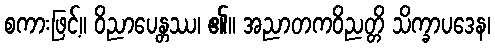
စကားဖြင့်။ ဝိညာပေန္တဿ၊ ၏။ အညာတကဝိညတ္တိ သိက္ခာပဒေန၊